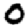
Digit: 0